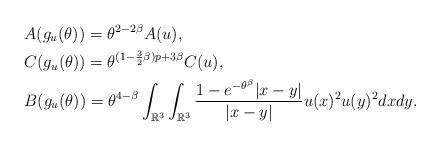
LaTeX: \begin{align*}&A(g_{u}(\theta))=\theta^{2-2\beta}A(u),\\&C(g_{u}(\theta))=\theta^{(1-\frac{3}{2}\beta)p+3\beta}C(u),\\&B(g_{u}(\theta))=\theta^{4-\beta}\int_{\mathbb{R}^{3}}\int_{\mathbb{R}^{3}}\frac{1-e^{-\theta^{\beta}}|x-y|}{|x-y|}u(x)^{2}u(y)^{2}dxdy.\end{align*}